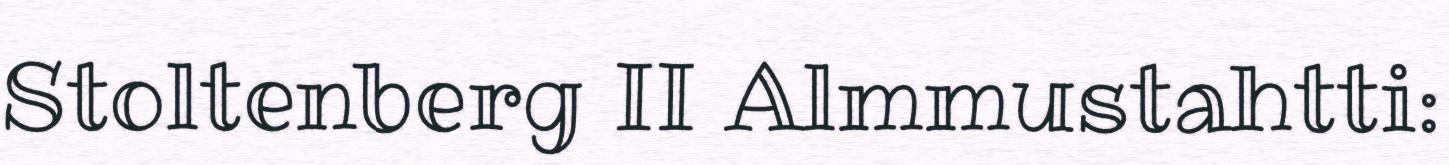
Stoltenberg II Almmustahtti: